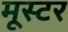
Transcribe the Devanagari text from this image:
मूस्टर